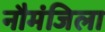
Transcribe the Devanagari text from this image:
नौमंजिला